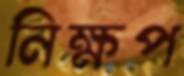
নিক্ষপ